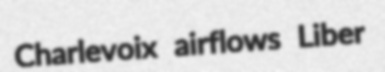
Charlevoix airflows Liber